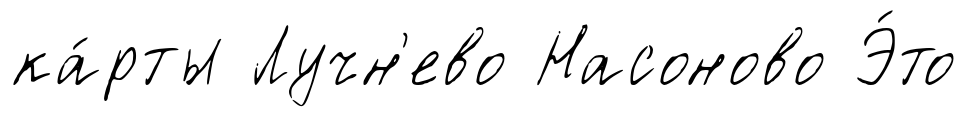
ка́рты Лучн'ево Насоново Э́то